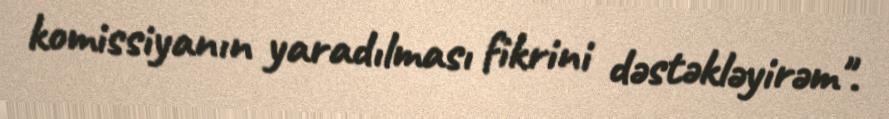
komissiyanın yaradılması fikrini dəstəkləyirəm".